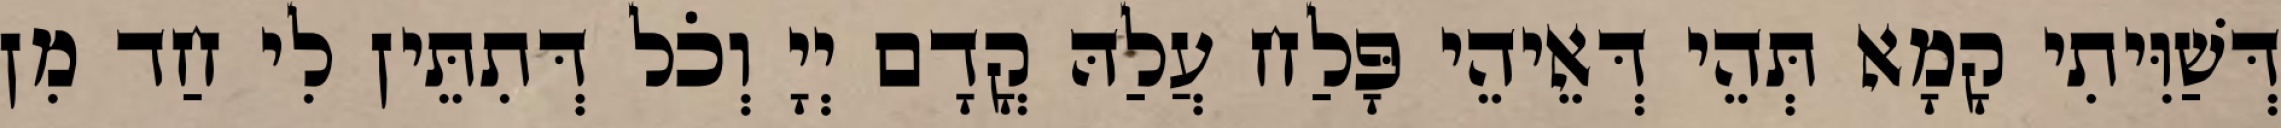
דְּשַׁוִּיתִי קָמָא תְּהֵי דְּאֵיהֵי פָּלַח עֲלַהּ קֳדָם יְיָ וְכֹל דְּתִתֵּין לִי חַד מִן